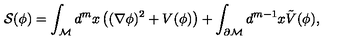
{ \cal S } ( \phi ) = \int _ { \cal M } d ^ { m } x \left( ( \nabla \phi ) ^ { 2 } + V ( \phi ) \right) + \int _ { \partial { \cal M } } d ^ { m - 1 } x \tilde { V } ( \phi ) ,